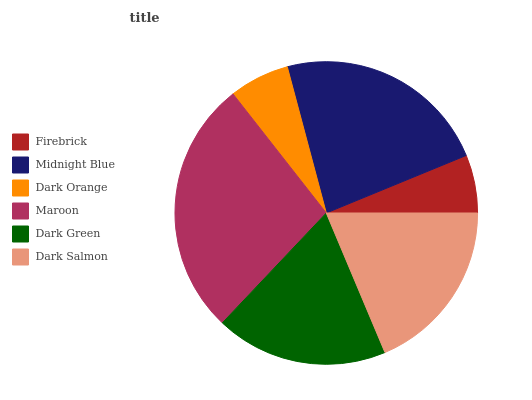
| Firebrick | Midnight Blue | Dark Orange | Maroon | Dark Green | Dark Salmon |
 | --- | --- | --- | --- | --- | --- |
 | 6.21% | 22.9% | 6.43% | 27.4% | 18.5% | 18.6% |